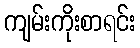
ကျမ်းကိုးစာရင်း